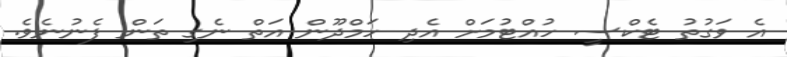
އެ ވަގުތު ޓެކްސީ ހުއްޓުމަށް އެދި ހަމްދޫން އަތް ނެގި ތަން ފެނުނެވެ.